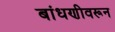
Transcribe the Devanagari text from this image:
बांधणीवरून